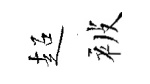
超被